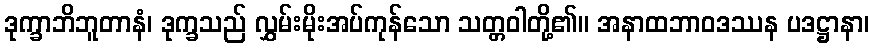
ဒုက္ခာဘိဘူတာနံ၊ ဒုက္ခသည် လွှမ်းမိုးအပ်ကုန်သော သတ္တဝါတို့၏။ အနာထဘာဝဒဿန ပဒဋ္ဌာနာ၊